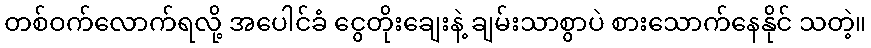
တစ်ဝက်လောက်ရလို့ အပေါင်ခံ ငွေတိုးချေးနဲ့ ချမ်းသာစွာပဲ စားသောက်နေနိုင် သတဲ့။